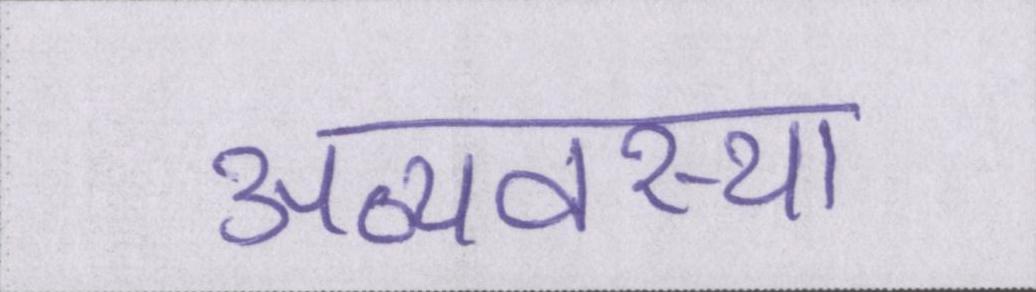
अव्यवस्था